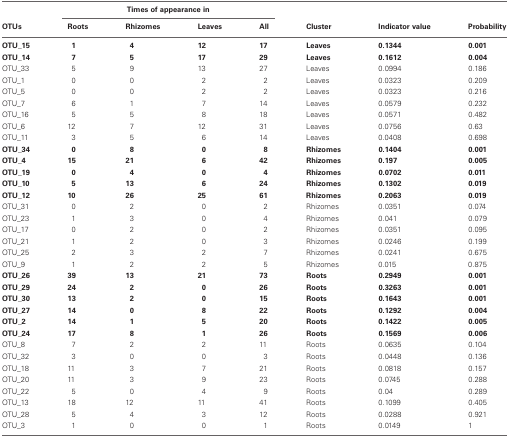
<table><thead><tr><td></td><td colspan="4"><b>Times of appearance in</b></td><td></td><td></td><td></td></tr><tr><td><b>OTUs</b></td><td><b>Roots</b></td><td><b>Rhizomes</b></td><td><b>Leaves</b></td><td><b>All</b></td><td><b>Cluster</b></td><td><b>Indicator value</b></td><td><b>Probability</b></td></tr></thead><tbody><tr><td><b>OTU_15</b></td><td><b>1</b></td><td><b>4</b></td><td><b>12</b></td><td><b>17</b></td><td><b>Leaves</b></td><td><b>0.1344</b></td><td><b>0.001</b></td></tr><tr><td><b>OTU_14</b></td><td><b>7</b></td><td><b>5</b></td><td><b>17</b></td><td><b>29</b></td><td><b>Leaves</b></td><td><b>0.1612</b></td><td><b>0.004</b></td></tr><tr><td>OTU_33</td><td>5</td><td>9</td><td>13</td><td>27</td><td>Leaves</td><td>0.0994</td><td>0.186</td></tr><tr><td>OTU_1</td><td>0</td><td>0</td><td>2</td><td>2</td><td>Leaves</td><td>0.0323</td><td>0.209</td></tr><tr><td>OTU_5</td><td>0</td><td>0</td><td>2</td><td>2</td><td>Leaves</td><td>0.0323</td><td>0.216</td></tr><tr><td>OTU_7</td><td>6</td><td>1</td><td>7</td><td>14</td><td>Leaves</td><td>0.0579</td><td>0.232</td></tr><tr><td>OTU_16</td><td>5</td><td>5</td><td>8</td><td>18</td><td>Leaves</td><td>0.0571</td><td>0.482</td></tr><tr><td>OTU_6</td><td>12</td><td>7</td><td>12</td><td>31</td><td>Leaves</td><td>0.0756</td><td>0.63</td></tr><tr><td>OTU_11</td><td>3</td><td>5</td><td>6</td><td>14</td><td>Leaves</td><td>0.0408</td><td>0.698</td></tr><tr><td><b>OTU_34</b></td><td><b>0</b></td><td><b>8</b></td><td><b>0</b></td><td><b>8</b></td><td><b>Rhizomes</b></td><td><b>0.1404</b></td><td><b>0.001</b></td></tr><tr><td><b>OTU_4</b></td><td><b>15</b></td><td><b>21</b></td><td><b>6</b></td><td><b>42</b></td><td><b>Rhizomes</b></td><td><b>0.197</b></td><td><b>0.005</b></td></tr><tr><td><b>OTU_19</b></td><td><b>0</b></td><td><b>4</b></td><td><b>0</b></td><td><b>4</b></td><td><b>Rhizomes</b></td><td><b>0.0702</b></td><td><b>0.011</b></td></tr><tr><td><b>OTU_10</b></td><td><b>5</b></td><td><b>13</b></td><td><b>6</b></td><td><b>24</b></td><td><b>Rhizomes</b></td><td><b>0.1302</b></td><td><b>0.019</b></td></tr><tr><td><b>OTU_12</b></td><td><b>10</b></td><td><b>26</b></td><td><b>25</b></td><td><b>61</b></td><td><b>Rhizomes</b></td><td><b>0.2063</b></td><td><b>0.019</b></td></tr><tr><td>OTU_31</td><td>0</td><td>2</td><td>0</td><td>2</td><td>Rhizomes</td><td>0.0351</td><td>0.074</td></tr><tr><td>OTU_23</td><td>1</td><td>3</td><td>0</td><td>4</td><td>Rhizomes</td><td>0.041</td><td>0.079</td></tr><tr><td>OTU_17</td><td>0</td><td>2</td><td>0</td><td>2</td><td>Rhizomes</td><td>0.0351</td><td>0.095</td></tr><tr><td>OTU_21</td><td>1</td><td>2</td><td>0</td><td>3</td><td>Rhizomes</td><td>0.0246</td><td>0.199</td></tr><tr><td>OTU_25</td><td>2</td><td>3</td><td>2</td><td>7</td><td>Rhizomes</td><td>0.0241</td><td>0.675</td></tr><tr><td>OTU_9</td><td>1</td><td>2</td><td>2</td><td>5</td><td>Rhizomes</td><td>0.015</td><td>0.875</td></tr><tr><td><b>OTU_26</b></td><td><b>39</b></td><td><b>13</b></td><td><b>21</b></td><td><b>73</b></td><td><b>Roots</b></td><td><b>0.2949</b></td><td><b>0.001</b></td></tr><tr><td><b>OTU_29</b></td><td><b>24</b></td><td><b>2</b></td><td><b>0</b></td><td><b>26</b></td><td><b>Roots</b></td><td><b>0.3263</b></td><td><b>0.001</b></td></tr><tr><td><b>OTU_30</b></td><td><b>13</b></td><td><b>2</b></td><td><b>0</b></td><td><b>15</b></td><td><b>Roots</b></td><td><b>0.1643</b></td><td><b>0.001</b></td></tr><tr><td><b>OTU_27</b></td><td><b>14</b></td><td><b>0</b></td><td><b>8</b></td><td><b>22</b></td><td><b>Roots</b></td><td><b>0.1292</b></td><td><b>0.004</b></td></tr><tr><td><b>OTU_2</b></td><td><b>14</b></td><td><b>1</b></td><td><b>5</b></td><td><b>20</b></td><td><b>Roots</b></td><td><b>0.1422</b></td><td><b>0.005</b></td></tr><tr><td><b>OTU_24</b></td><td><b>17</b></td><td><b>8</b></td><td><b>1</b></td><td><b>26</b></td><td><b>Roots</b></td><td><b>0.1569</b></td><td><b>0.006</b></td></tr><tr><td>OTU_8</td><td>7</td><td>2</td><td>2</td><td>11</td><td>Roots</td><td>0.0635</td><td>0.104</td></tr><tr><td>OTU_32</td><td>3</td><td>0</td><td>0</td><td>3</td><td>Roots</td><td>0.0448</td><td>0.136</td></tr><tr><td>OTU_18</td><td>11</td><td>3</td><td>7</td><td>21</td><td>Roots</td><td>0.0818</td><td>0.157</td></tr><tr><td>OTU_20</td><td>11</td><td>3</td><td>9</td><td>23</td><td>Roots</td><td>0.0745</td><td>0.288</td></tr><tr><td>OTU_22</td><td>5</td><td>0</td><td>4</td><td>9</td><td>Roots</td><td>0.04</td><td>0.289</td></tr><tr><td>OTU_13</td><td>18</td><td>12</td><td>11</td><td>41</td><td>Roots</td><td>0.1099</td><td>0.405</td></tr><tr><td>OTU_28</td><td>5</td><td>4</td><td>3</td><td>12</td><td>Roots</td><td>0.0288</td><td>0.921</td></tr><tr><td>OTU_3</td><td>1</td><td>0</td><td>0</td><td>1</td><td>Roots</td><td>0.0149</td><td>1</td></tr></tbody></table>